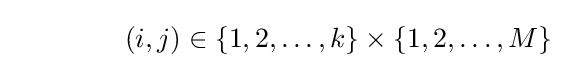
\qquad \qquad (i,j)\in \{1,2,\ldots ,k\}\times \{1,2,\ldots ,M\}